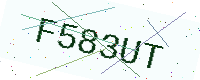
Text: F583UT